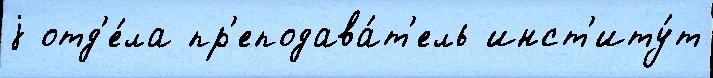
j отд'е́ла пр'еподава́т'ель инст'иту́т